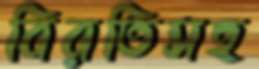
বিরতিসহ